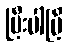
ပြီးပါပြီ